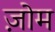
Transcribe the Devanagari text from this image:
ज़ोम